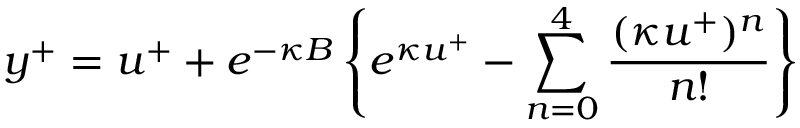
y ^ { + } = u ^ { + } + e ^ { - \kappa B } \left\{ e ^ { \kappa u ^ { + } } - \sum _ { n = 0 } ^ { 4 } \frac { ( \kappa u ^ { + } ) ^ { n } } { n ! } \right\}